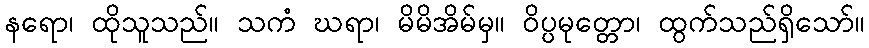
နရော၊ ထိုသူသည်။ သကံ ဃရာ၊ မိမိအိမ်မှ။ ဝိပ္ပမုတ္တော၊ ထွက်သည်ရှိသော်။